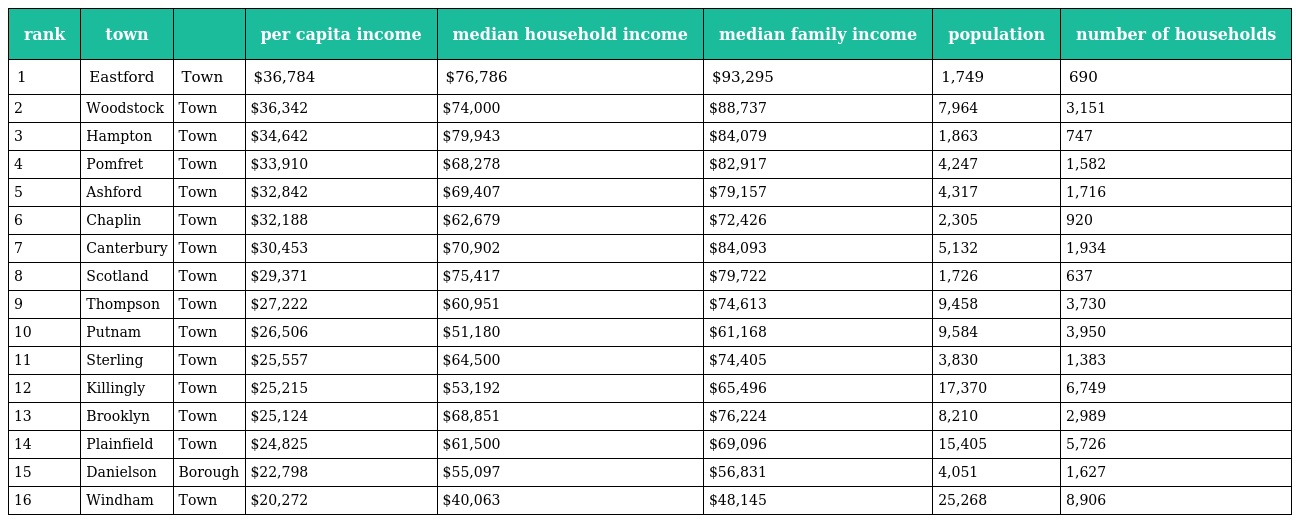
| rank | town |  | per capita income | median household income | median family income | population | number of households |
 | --- | --- | --- | --- | --- | --- | --- | --- |
 | 1 | Eastford | Town | $36,784 | $76,786 | $93,295 | 1,749 | 690 |
 | 2 | Woodstock | Town | $36,342 | $74,000 | $88,737 | 7,964 | 3,151 |
 | 3 | Hampton | Town | $34,642 | $79,943 | $84,079 | 1,863 | 747 |
 | 4 | Pomfret | Town | $33,910 | $68,278 | $82,917 | 4,247 | 1,582 |
 | 5 | Ashford | Town | $32,842 | $69,407 | $79,157 | 4,317 | 1,716 |
 | 6 | Chaplin | Town | $32,188 | $62,679 | $72,426 | 2,305 | 920 |
 | 7 | Canterbury | Town | $30,453 | $70,902 | $84,093 | 5,132 | 1,934 |
 | 8 | Scotland | Town | $29,371 | $75,417 | $79,722 | 1,726 | 637 |
 | 9 | Thompson | Town | $27,222 | $60,951 | $74,613 | 9,458 | 3,730 |
 | 10 | Putnam | Town | $26,506 | $51,180 | $61,168 | 9,584 | 3,950 |
 | 11 | Sterling | Town | $25,557 | $64,500 | $74,405 | 3,830 | 1,383 |
 | 12 | Killingly | Town | $25,215 | $53,192 | $65,496 | 17,370 | 6,749 |
 | 13 | Brooklyn | Town | $25,124 | $68,851 | $76,224 | 8,210 | 2,989 |
 | 14 | Plainfield | Town | $24,825 | $61,500 | $69,096 | 15,405 | 5,726 |
 | 15 | Danielson | Borough | $22,798 | $55,097 | $56,831 | 4,051 | 1,627 |
 | 16 | Windham | Town | $20,272 | $40,063 | $48,145 | 25,268 | 8,906 |